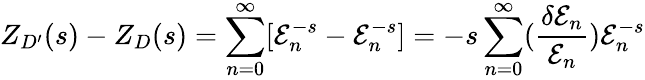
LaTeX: Z_{D^{\prime}}(s)-Z_{D}(s)=\sum_{n=0}^{\infty}[\mathcal{E}_{n}^{-s}-\mathcal{E}_{n}^{-s}]=-s\sum_{n=0}^{\infty}({\frac{{\delta\mathcal{E}_{n}}}{{\mathcal{E}_{n}}}})\mathcal{E}_{n}^{-s}